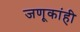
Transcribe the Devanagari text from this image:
जणूकांही